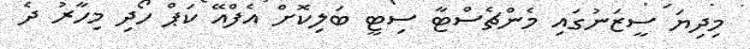
މިދިޔަ ސީޒަނުގައި މެންޗެސްޓާ ސިޓީ ބަލިކޮށް އެފްއޭ ކަޕް ހޯދި މިހާރު ދެ